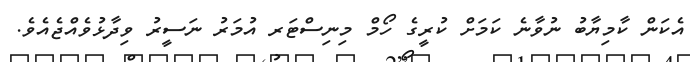
އެކަން ކާމިޔާބު ނުވާނެ ކަމަށް ކުރީގެ ހޯމް މިނިސްޓަރ އުމަރު ނަސީރު ވިދާޅުވެއްޖެއެވެ.